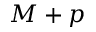
M + p